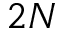
2 N